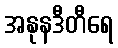
အနုနဒီတီရေ